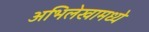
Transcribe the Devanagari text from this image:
अभिलेखामध्ये